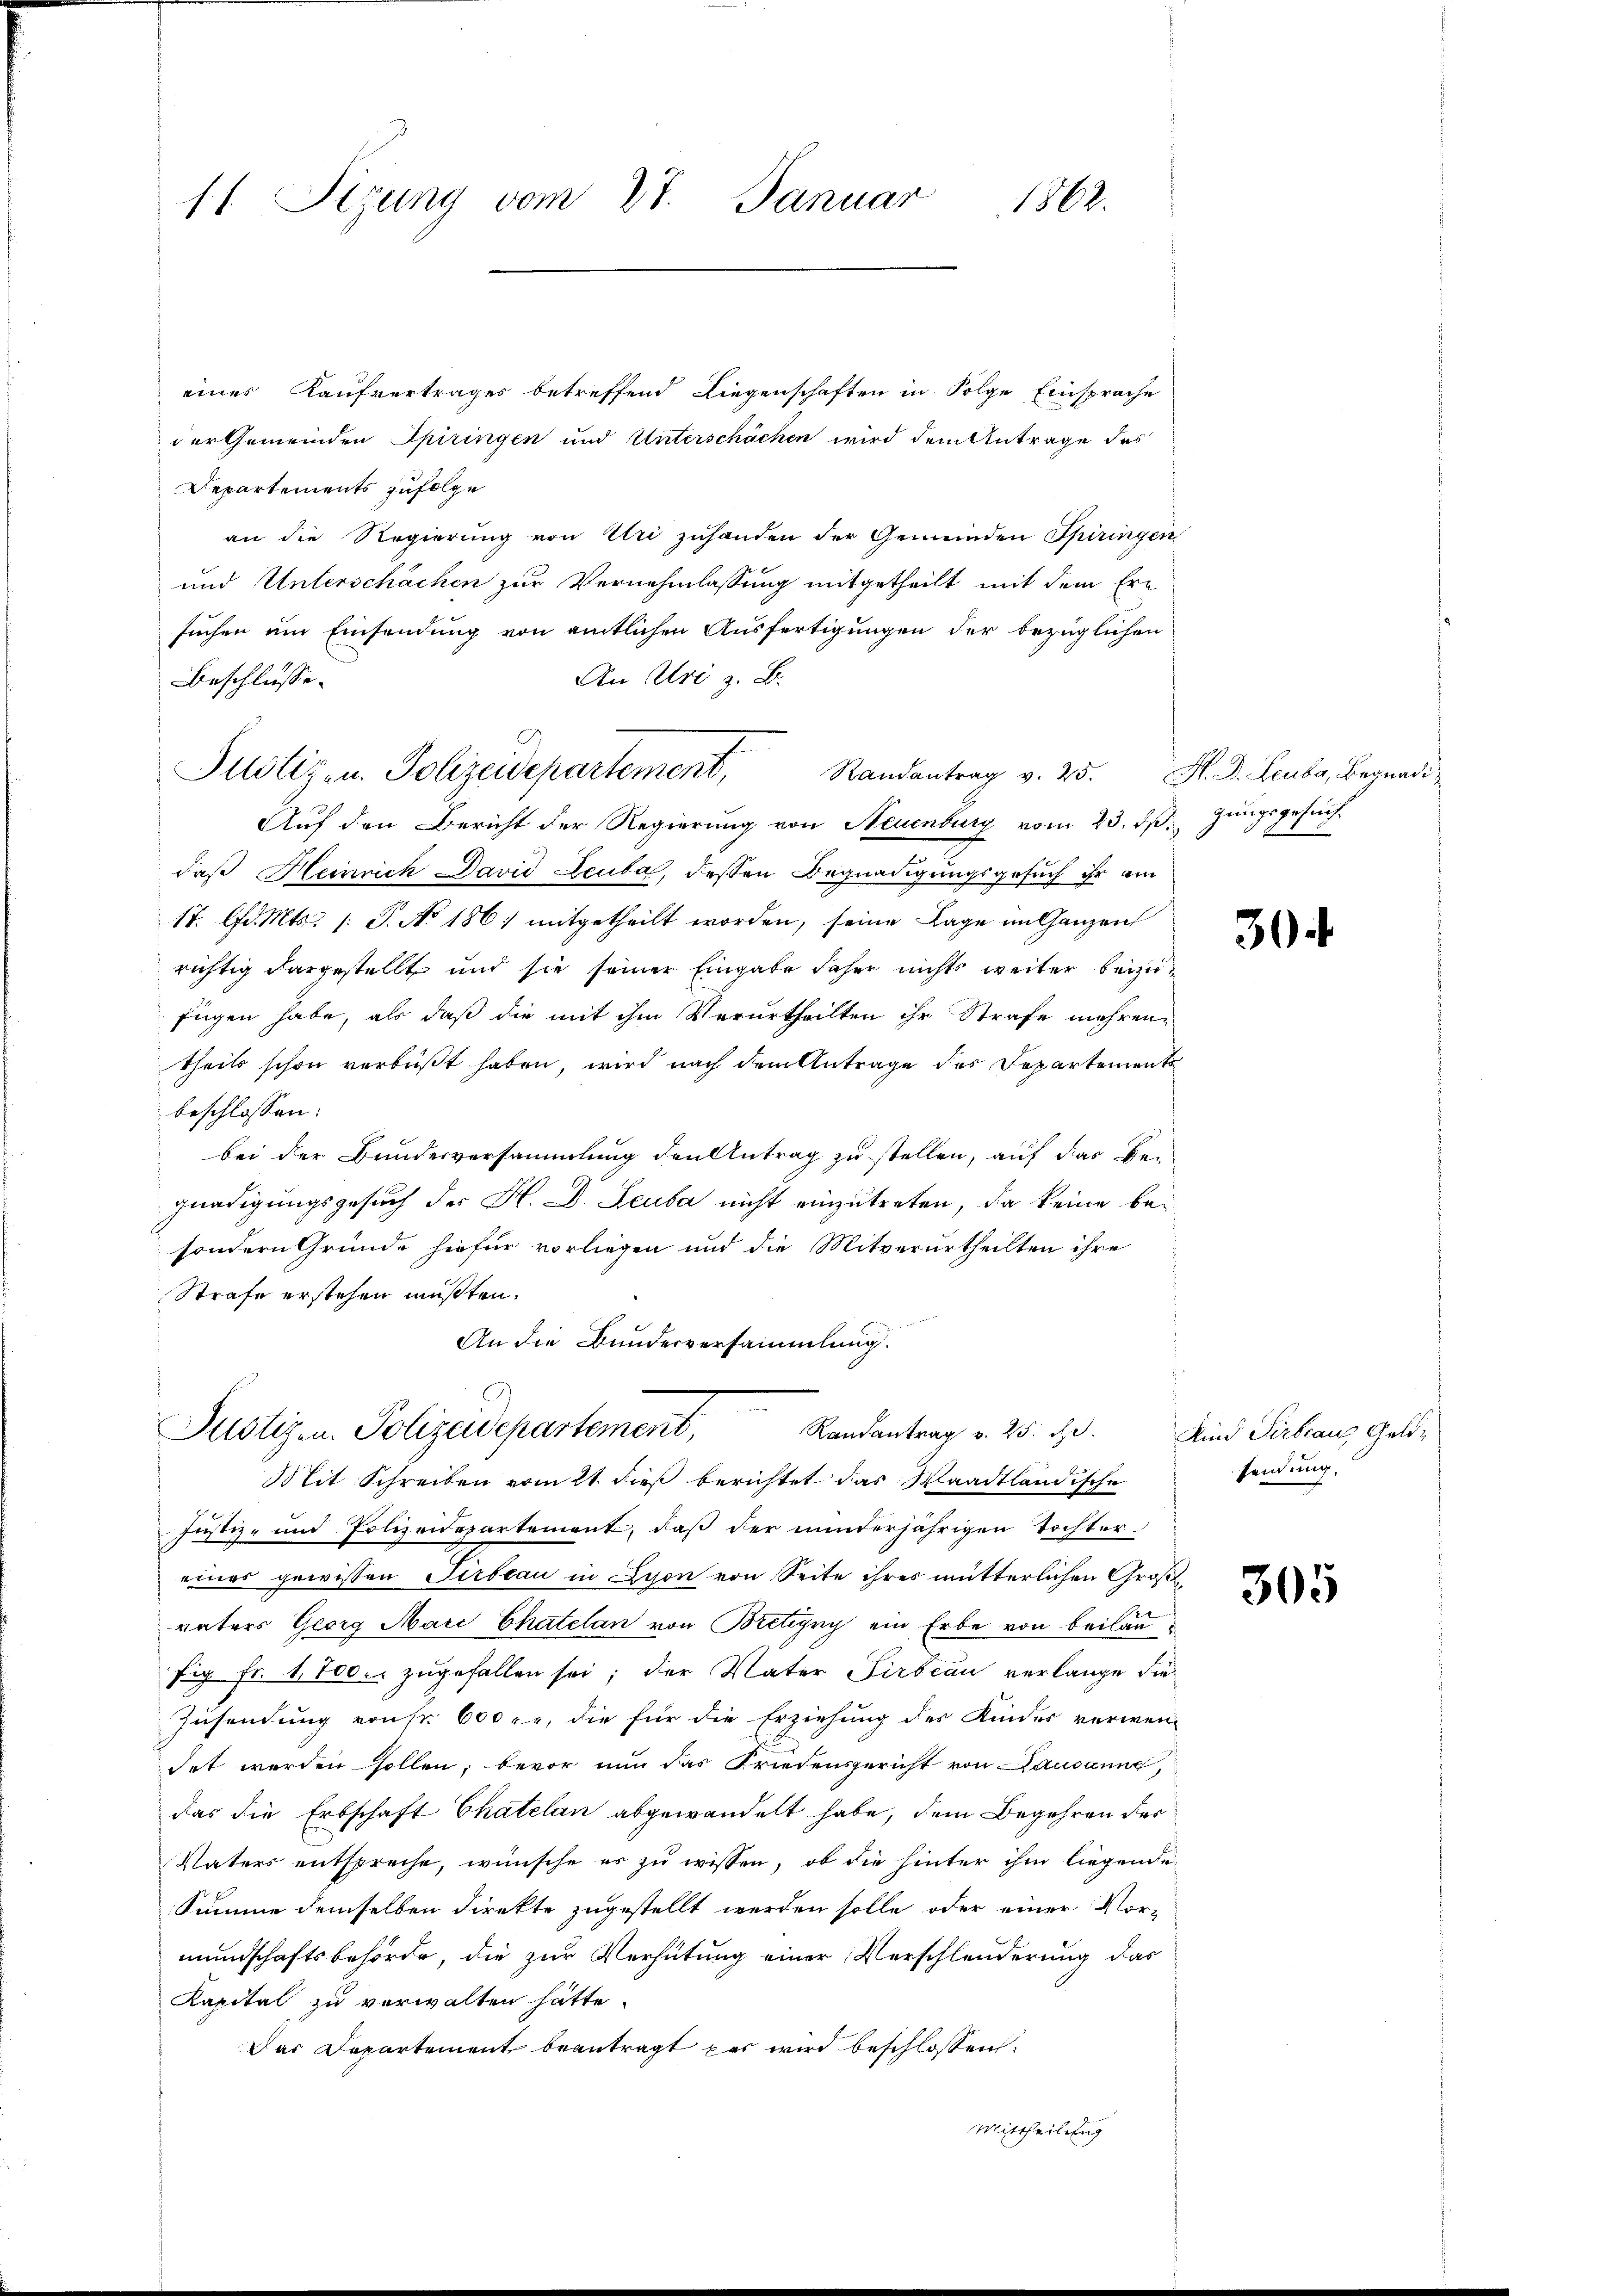
1862.
11. Sizung vom 27. Januar

eines Kaufvertrages betreffend Liegenschaften in Folge Einsprache
der Gemeinden Spiringen und Unterschächen wird dem Antrage des
Departements zufolge
an die Regierung von Uri zuhanden der Gemeinden Spiringen
und Unterschächen zur Vernehmlassung mitgetheilt mit dem Ern
suchen um Einsendung von amtlichen Ausfertigungen der bezüglichen
An Uri z. B.
Beschlüsse.
Randantrag v. 25.
Auf den Bericht der Regierung von Neuenburg vom 23. dβ. Jungsgesuch
daß Heinrich David Leuta, dessen Begnadigungsgesuch ihr am
17. lfd. Mts. (: S. No 1861 mitgetheilt worden, seine Lage im Ganzen
richtig dargestellt und sie seiner Eingabe daher nichts weiter beizufügen habe, als daß die mit ihm Verurtheilten ihr Strafe mehren-
theils schon verbüßt haben, wird nach dem Antrage des Departementsbeschlossen:
bei der Bundesversammlung den Antrag zu stellen, auf das Be-
gnadigungsgesuch des H. D. Leuba nicht einzutreten, da keine besondern Gründe hiefür vorliegen und die Mitverurtheilten ihre
Strafe erstehen müßten.
An die Bunderversammlung.

Justiz- u. Polizeidepartement,

Justizen. Polizeidepartement,
Randantrag v. 25. d.
Mit Schreiben vom 21. dieß berichtet das Waadtländische

Justiz- und Polizeidepartement, daß der minderjährigen Tochtereines gewissen Sirbeau in Lyon von Seite ihres mütterlichen Großvaters Georg Mai Chatelan von Bretigny ein Erbe von Beilaufig fr. 1700. zugefallen sei; der Vater Firbian verlange die
Zusendung von Fr. 600 l., die für die Erziehung des Kindes verwendet worden sollen, bevor nun das Friedensgericht von Lausanne,
das die Erbschaft Chatelan abgewandelt habe, dem Begehren des
Vaters entspreche, wünsche es zu wissen, ob die hinter ihm liegende
Summe demselben direkte zugestellt werden solle, oder einer Vormundschaftsbehörde, die zur Verhütung einer Verschleuderung das
Kapital zu verwalten hätte.
Das Departement beantragt par wird beschlossen:
Mittheilung

M. D. Leuba, Begnadi¬

30

Kind Serbeau, Geldsendung.

305